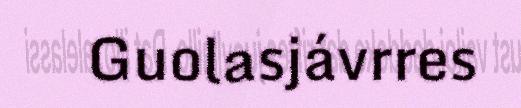
Guolasjávrres